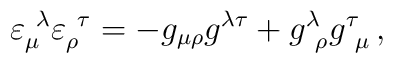
\varepsilon_{\mu}^{\ \lambda}\varepsilon_{\rho}^{\ \tau}=-g_{\mu\rho}g^{\lambda\tau}+g^{\lambda}_{\ \rho}g^{\tau}_{\ \mu}\,,